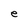
Character: e